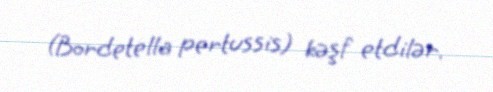
(Bordetella pertussis) kəşf etdilər.